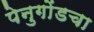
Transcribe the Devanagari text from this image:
पेनुगोंडचा